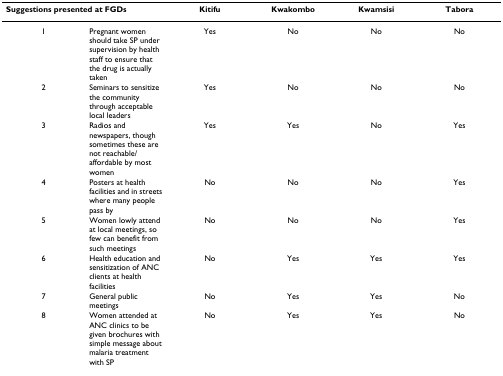
| <COLSPAN=2> Suggestions presented at FGDs | Kitifu | Kwakombo | Kwamsisi | Tabora |
 | --- | --- | --- | --- | --- | --- |
 | 1 | Pregnant women should take SP under supervision by health staff to ensure that the drug is actually taken | Yes | No | No | No |
 | 2 | Seminars to sensitize the community through acceptable local leaders | Yes | No | No | No |
 | 3 | Radios and newspapers, though sometimes these are not reachable/affordable by most women | Yes | Yes | No | Yes |
 | 4 | Posters at health facilities and in streets where many people pass by | No | No | No | Yes |
 | 5 | Women lowly attend at local meetings, so few can benefit from such meetings | No | No | No | Yes |
 | 6 | Health education and sensitization of ANC clients at health facilities | No | Yes | Yes | Yes |
 | 7 | General public meetings | No | Yes | Yes | No |
 | 8 | Women attended at ANC clinics to be given brochures with simple message about malaria treatment with SP | No | Yes | Yes | No |